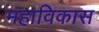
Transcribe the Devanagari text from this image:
महाविकास